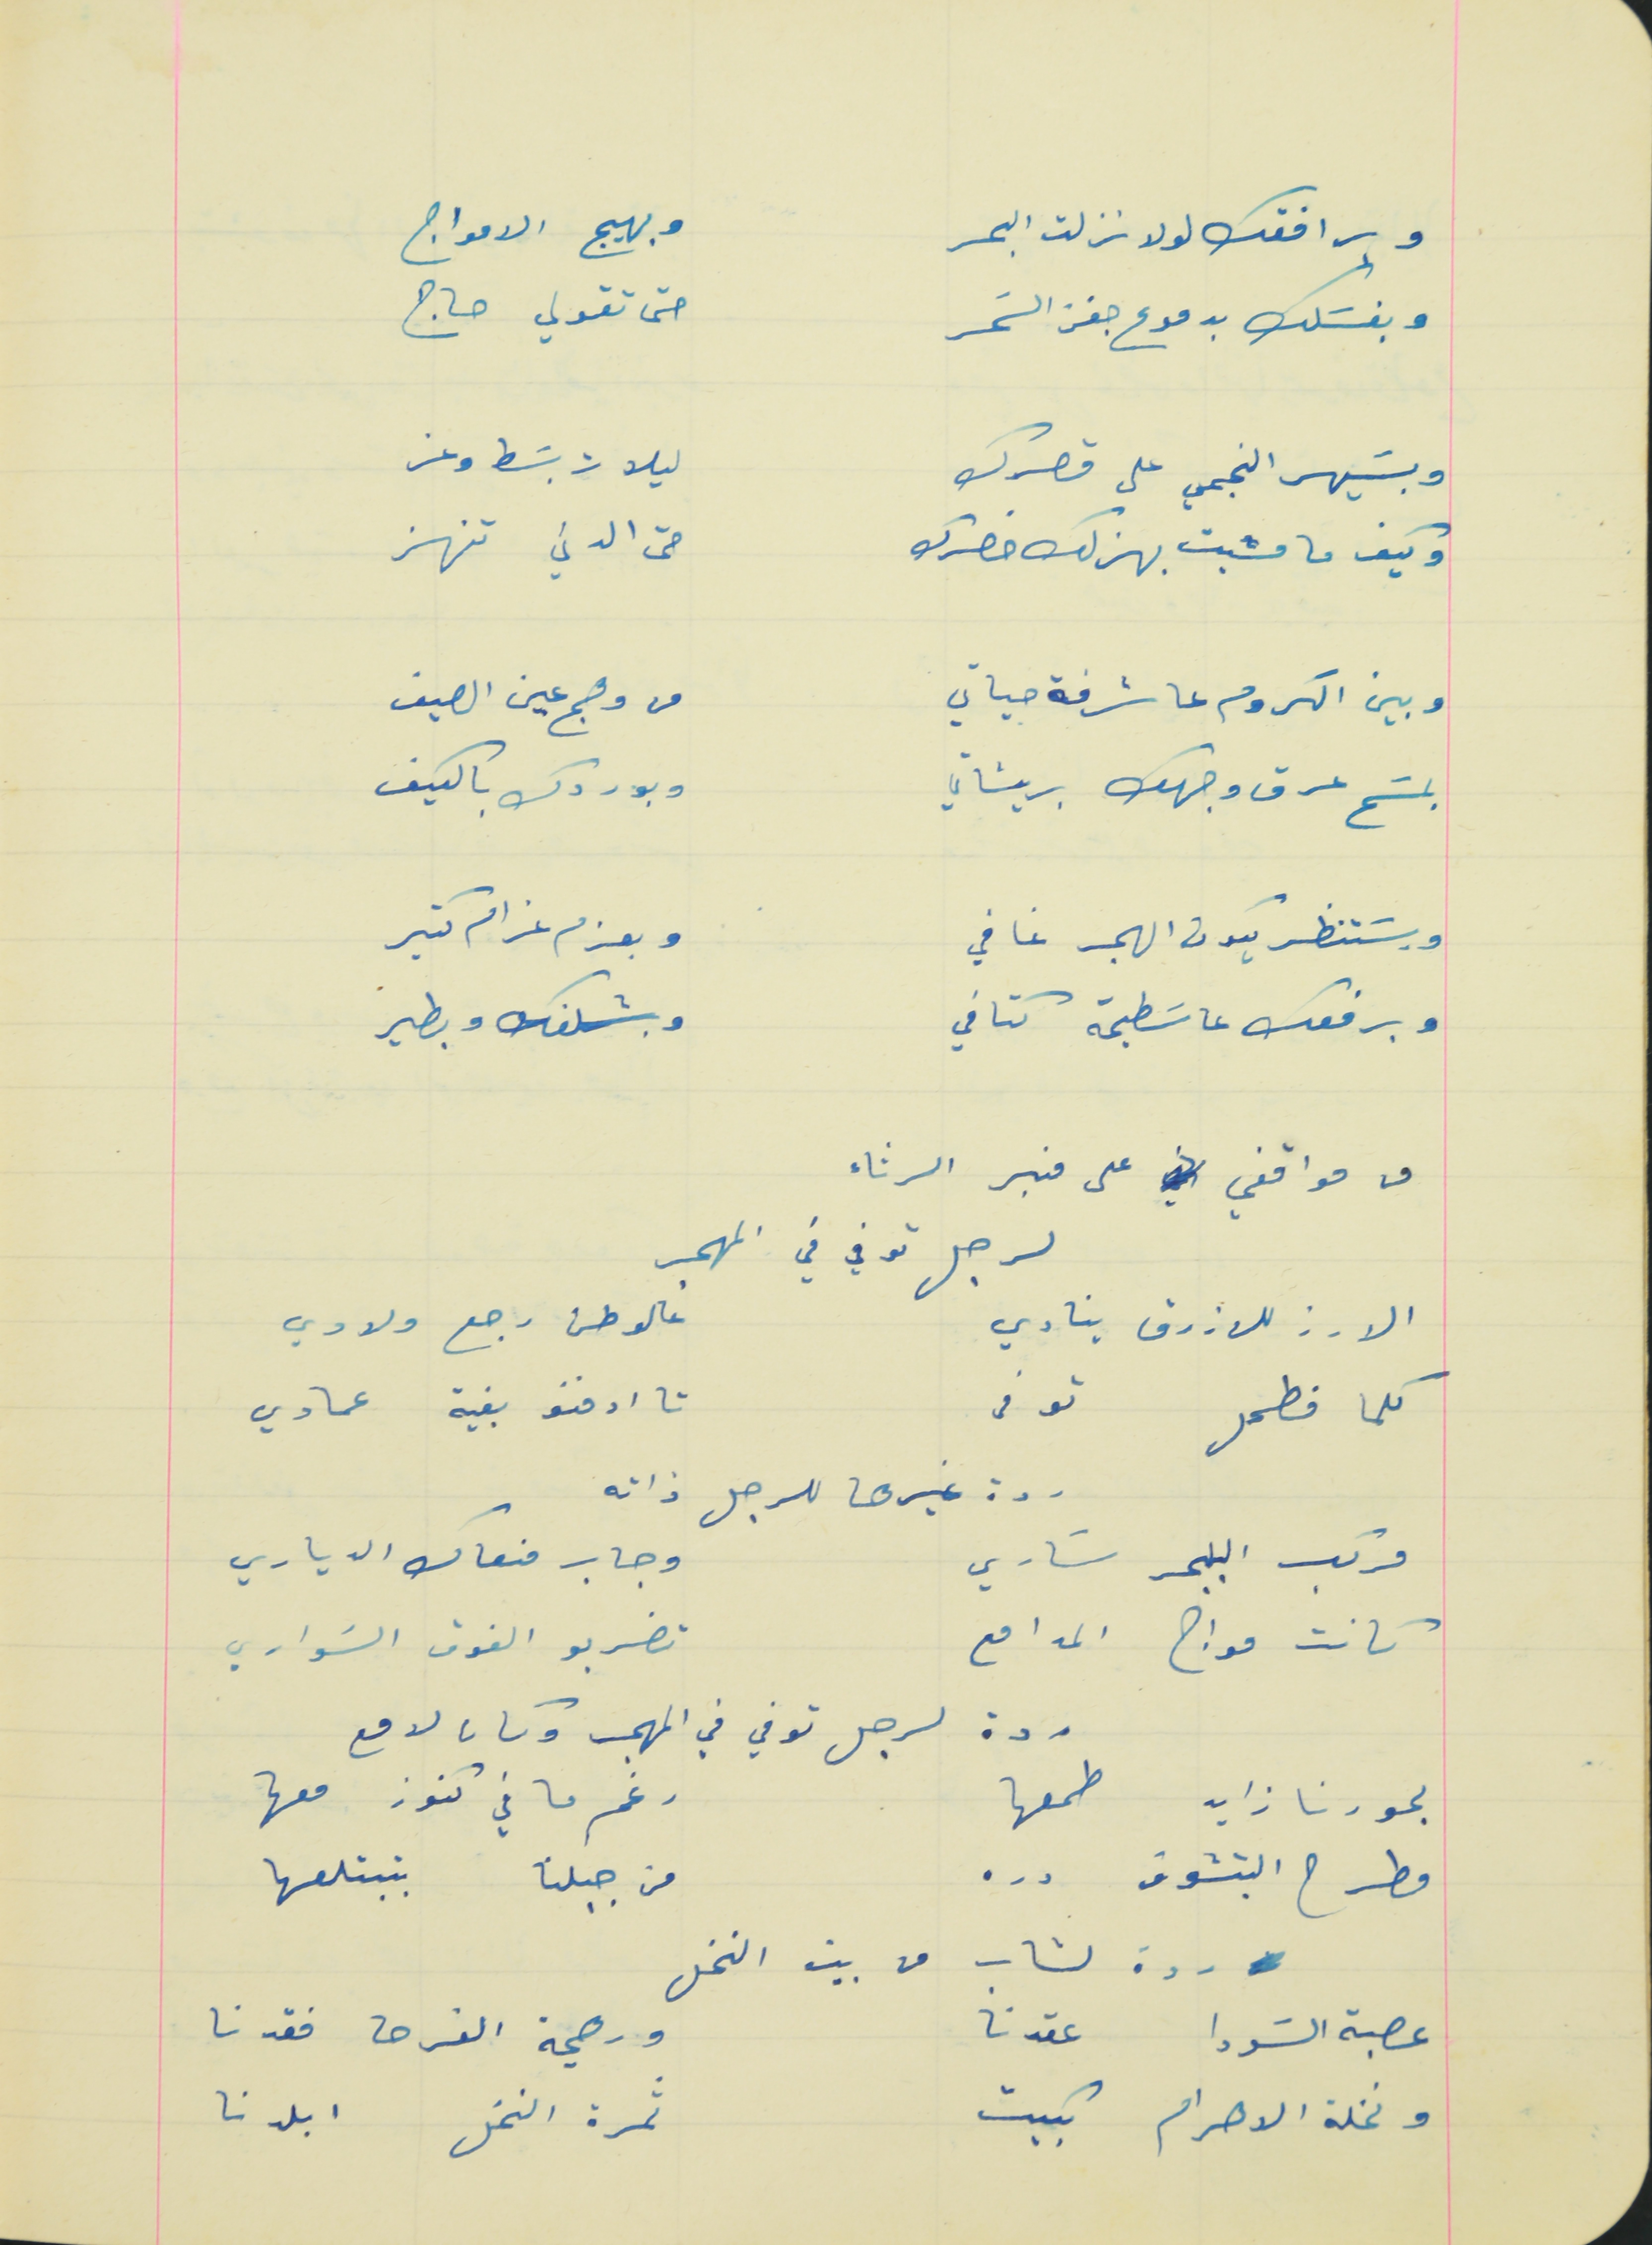
وبرافقك لولا نزلت البحر                                      وبهيج الامواج
وبغسَلك بدموع جفن السَحر                                 حتى تقولي حاج
 وبسَيهر النجمي على قصرك                                     ليلات بسَط وعز
وكيف ما مشيت بهذلك خصرك                                   حتى الدني تنهز
وبين الكروم عا شرفة حياتي                                       من وهج عين الصيف
بمسَح عرق وجهك بريشاتي                                       وبوردك بالكيف
وبسَتنظر يكون الهجر غافي                                         وبعزم غرام كتير
وبرفعك عاسَطيحة كتافي                                          وبشلفك وبطير
من مواقفي على منبر الرثاء
الارز للازرق ينادي                                                    عالوطن رجع ولادي
لرجل توفي في المهجر
كلما فطحل توفى                                                    تا ادفنو بفية عمادي
مركب البحر سَاري                                                   وجاب منعاك الدياري
كانت مواج المدافع                                                   تضربو الفوق السَواري
بحورنا زايد طمعها                                                     رغم ما في كنوز معها
مطرح البتشوف دره                                                من جبلنا بتبتلعها
ردة لشاب من بيت النخل
عصبة السَودا عقدنا                                                  ورهجة الفرحه فقدنا
 ونخلة الاهرام بكيت                                                  ثمرة النخل ابلدنا
ردة غيرها للرجل ذاته
ردة لرجل توفي في المهجر وكان لامع